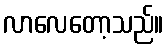
လာလေတော့သည်။